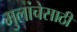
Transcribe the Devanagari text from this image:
मुलांचेसाठी